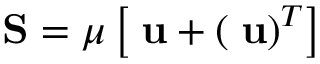
\mathbf { S } = \mu \left[ \mathbf { \nabla } \mathbf { u } + \left( \mathbf { \nabla } \mathbf { u } \right) ^ { T } \right]